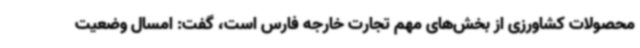
محصولات کشاورزی از بخش‌های مهم تجارت خارجه فارس است، گفت: امسال وضعیت